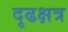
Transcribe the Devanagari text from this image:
दृढक्षत्र